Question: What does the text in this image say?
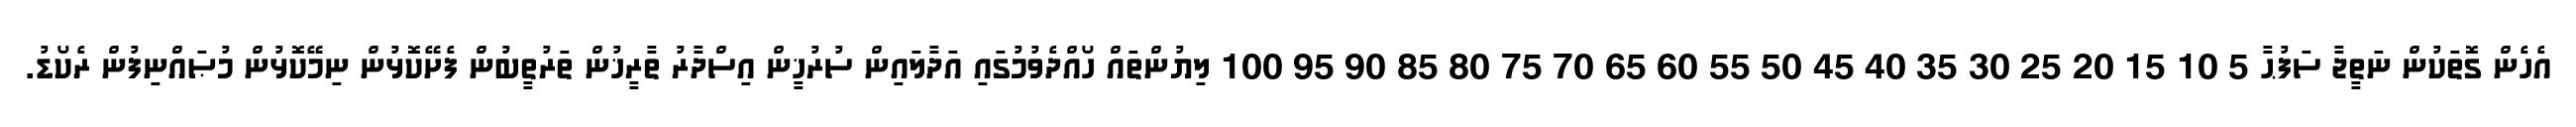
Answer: އެހެން ގޮތަކުން ނަތީޖާ ސަފުޙާ 5 10 15 20 25 30 35 40 45 50 55 60 65 70 75 80 85 90 95 100 ލިޔުންތައް ހޯއްދެވުމުގައި އަދާލައިން ސުރުޚީން އިސްދާރު ތާރީޚުން ތަރުތީބުން ފެށޭކޮޅުން ނިމޭކޮޅުން މުޞައްނިފުން ރެކޯޑު.